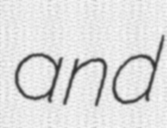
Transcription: and